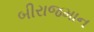
બીરાજમાન